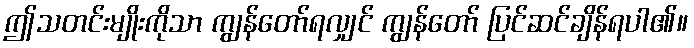
ဤသတင်းမျိုးကိုသာ ကျွန်တော်ရလျှင် ကျွန်တော် ပြင်ဆင်ချိန်ရပါ၏။